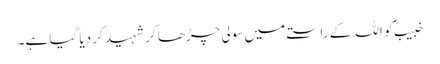
خبیبؓ کو اللہ کے راستے میں سولی چڑھا کر شہید کر دیا گیا ہے۔